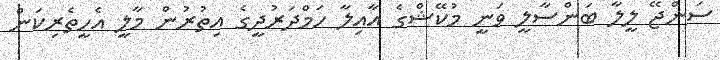
ސަންޖޭ ލީލާ ބަންސާލީ ވަނީ މުކޭޝްގެ އާއިލާ ހަމްދަރުދީގެ އިތުރުން މާލީ އެހީތެރިކަން